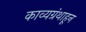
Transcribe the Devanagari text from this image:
काव्यग्रंथाहून